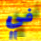
في